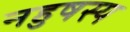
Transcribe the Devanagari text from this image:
नहुषस्य